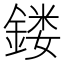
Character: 𨩐